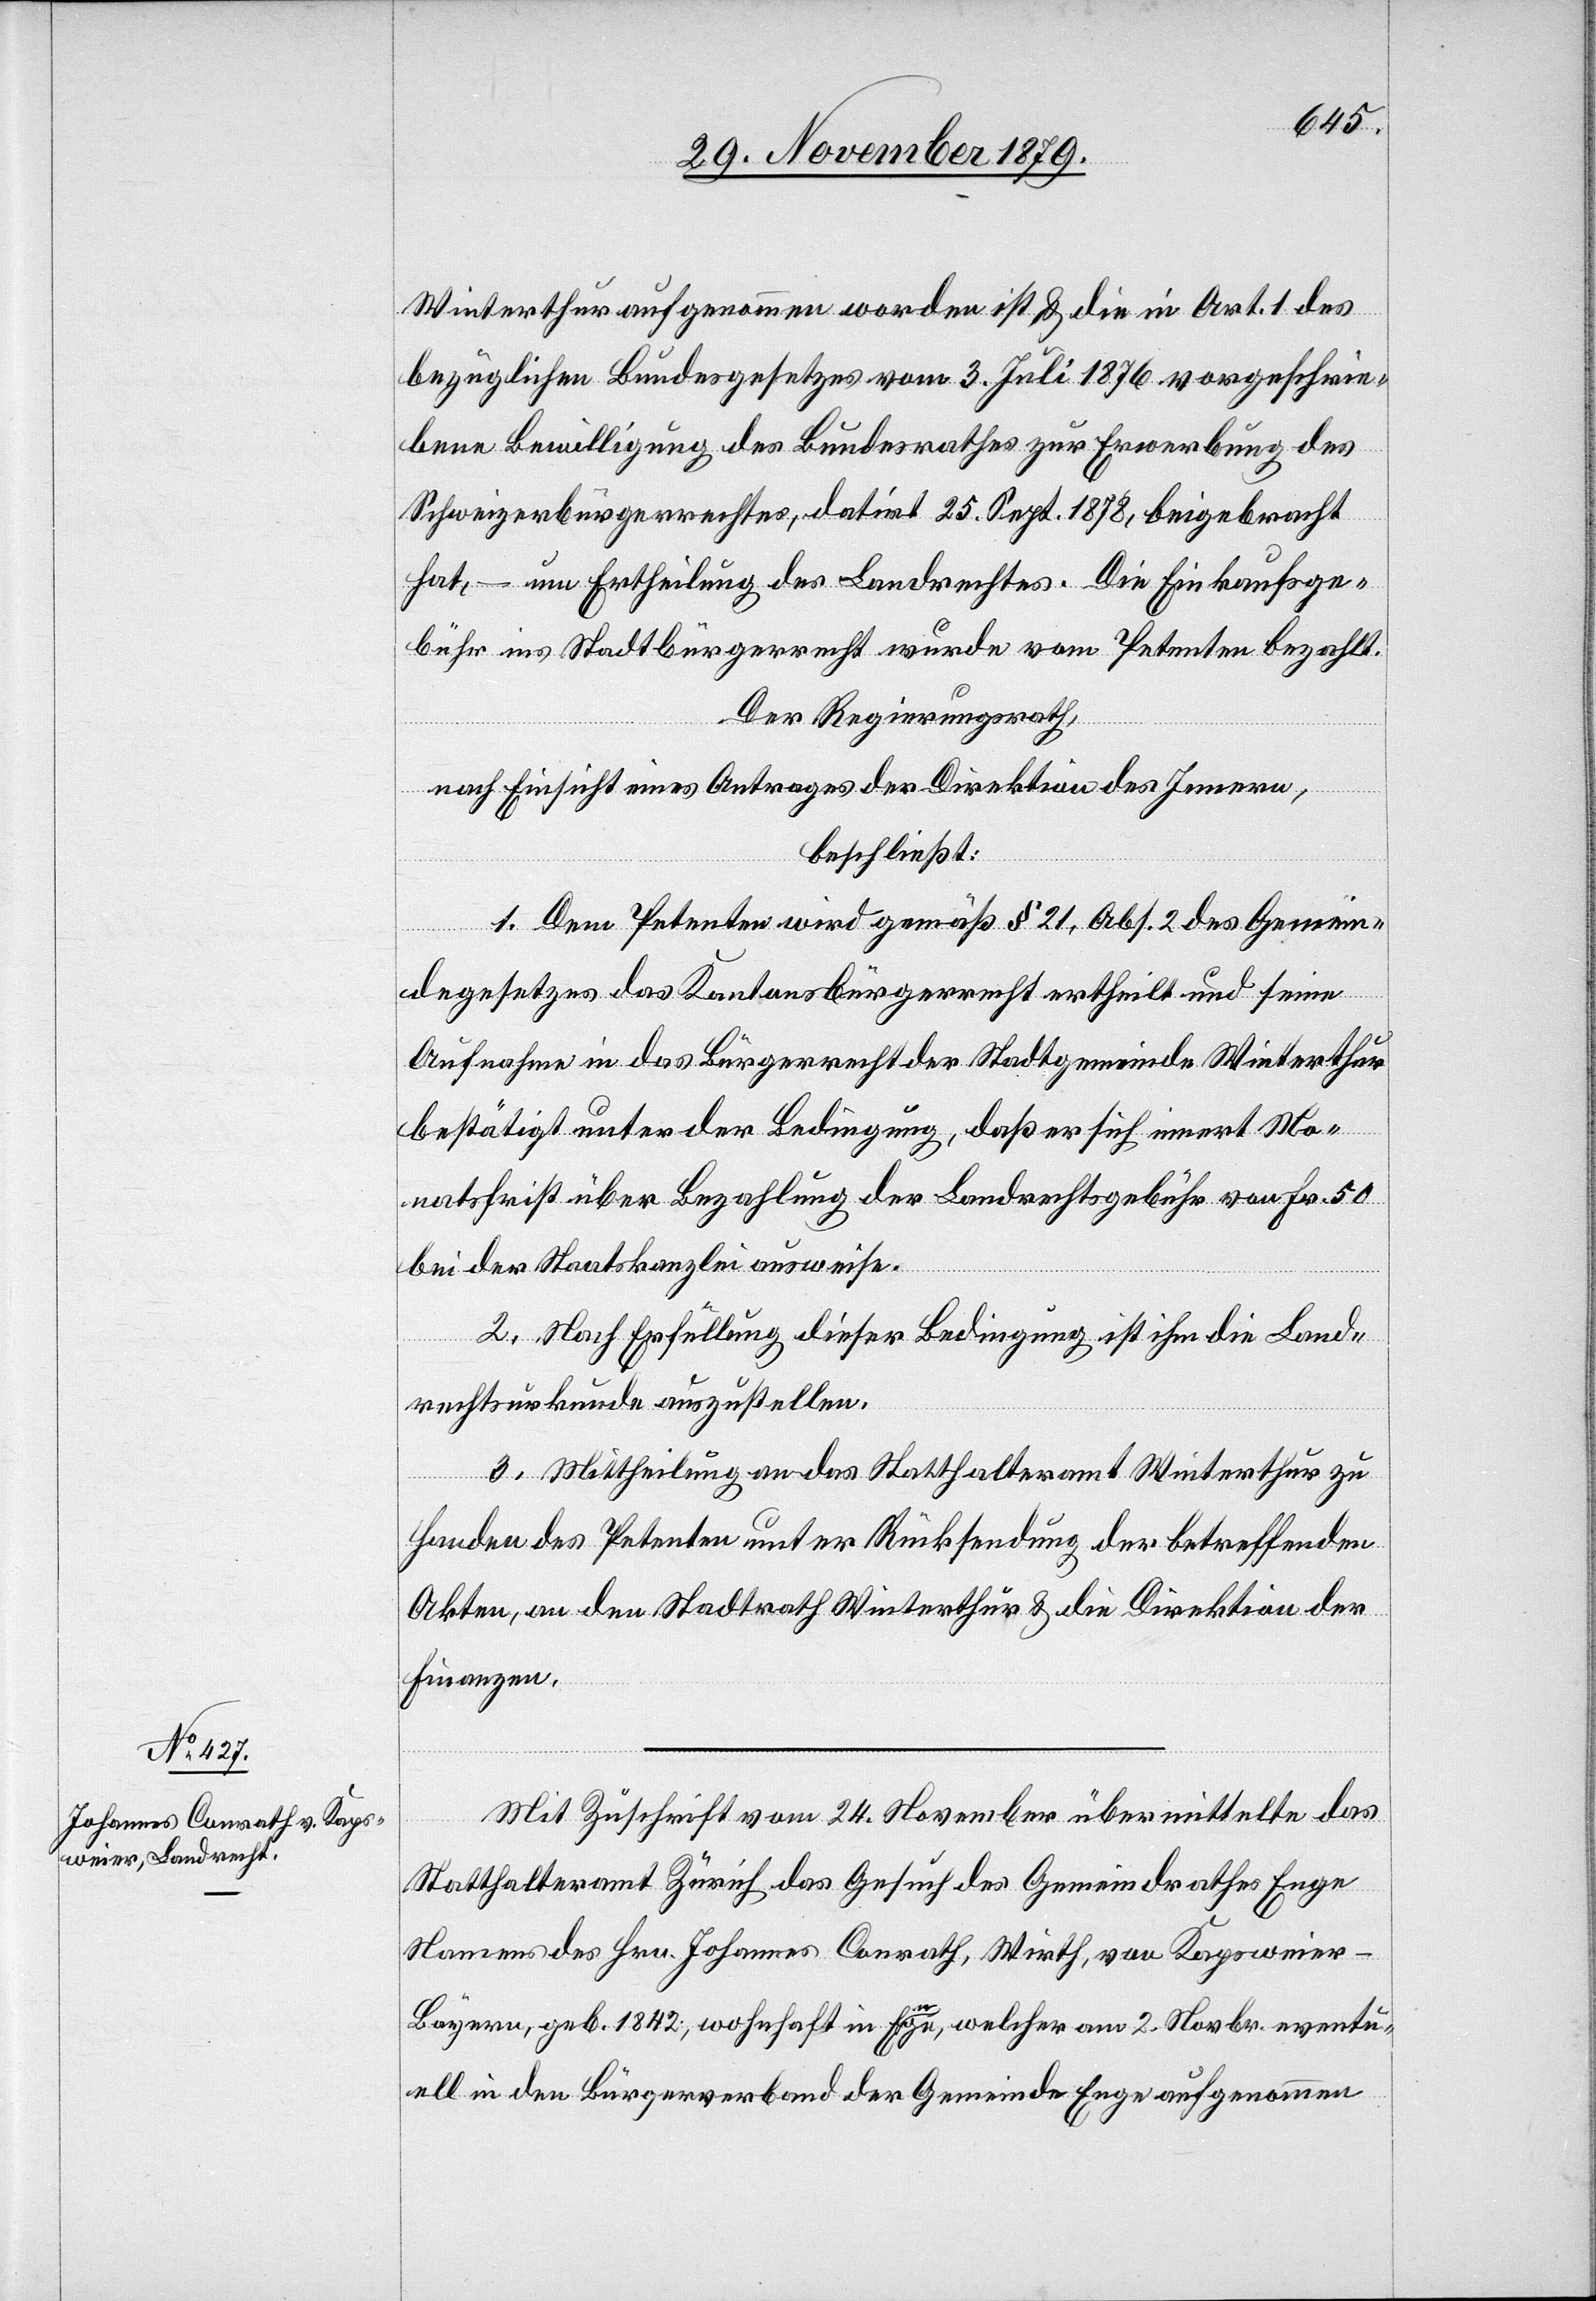
Winterthur aufgenommen worden ist & die in Art. 1 des
bezüglichen Bundesgesetzes vom 3. Juli 1876 vorgeschrie¬
bene Bewilligung des Bundesrathes zur Erwerbung des
Schweizerbürgerrechtes, datirt 25. Sept. 1878, beigebracht
hat, – um Ertheilung des Landrechtes. Die Einkaufsge¬
bühr ins Stadtbürgerrecht wurde vom Petenten bezahlt.
Der Regierungsrath,
nach Einsicht eines Antrages der Direktion des Innern,
beschließt:
1.Dem Petenten wird gemäß § 21, Abs. 2 des Gemein¬
degesetzes das Kantonsbürgerrecht ertheilt und seine
Aufnahme in das Bürgerrecht der Stadtgemeinde Winterthur
bestätigt unter der Bedingung, daß er sich innert Mo¬
natsfrist über Bezahlung der Landrechtsgebühr von Fr. 50
bei der Staatskanzlei ausweise.
2. Nach Erfüllung dieser Bedingung ist ihm die Land¬
rechtsurkunde auszustellen.
3. Mittheilung an das Statthalteramt Winterthur zu
Handen des Petenten unter Rücksendung der betreffenden
Akten, an den Stadtrath Winterthur & die Direktion der
Finanzen.
Mit Zuschrift vom 24. November übermittelte das
Statthalteramt Zürich das Gesuch des Gemeindrathes Enge
Namens des Hrn. Johannes Conrath, Wirth, von Kapsweier
Bayern, geb. 1842, wohnhaft in Enge, welcher am 2. Novbr. eventu¬
ell in den Bürgerverband der Gemeinde Enge aufgenommen